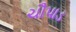
ચૌપાડ